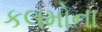
કલમોના